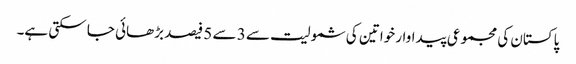
پاکستان کی مجموعی پیداوار خواتین کی شمولیت سے 3 سے 5 فیصد بڑھائی جا سکتی ہے۔